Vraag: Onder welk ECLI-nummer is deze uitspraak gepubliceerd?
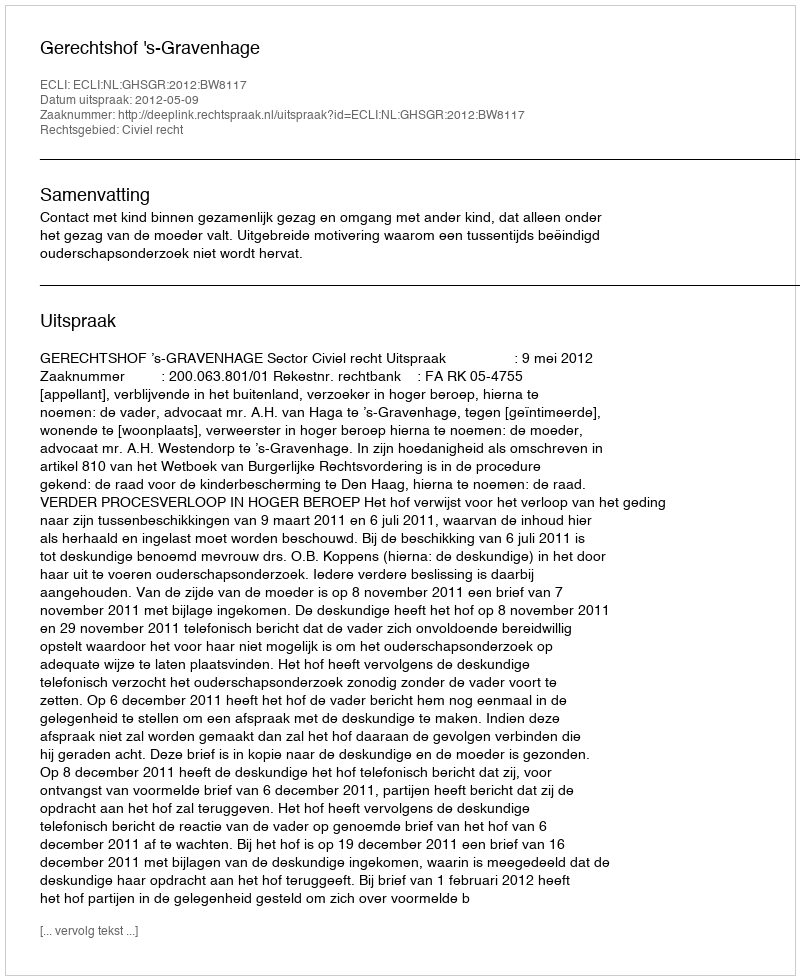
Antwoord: ECLI:NL:GHSGR:2012:BW8117